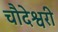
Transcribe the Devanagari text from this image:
चौदेश्वरी